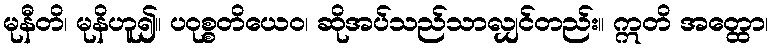
မုနီတိ၊ မုနိဟူ၍။ ပဝုစ္စတိယေဝ၊ ဆိုအပ်သည်သာလျှင်တည်း။ ဣတိ အတ္ထော၊